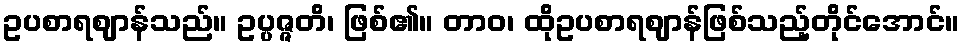
ဥပစာရဈာန်သည်။ ဥပ္ပဇ္ဇတိ၊ ဖြစ်၏။ တာဝ၊ ထိုဥပစာရဈာန်ဖြစ်သည့်တိုင်အောင်။